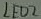
Text: LED2